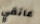
عاتقي